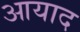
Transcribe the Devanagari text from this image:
आयाद